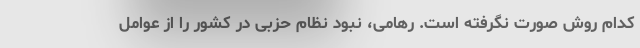
کدام روش صورت نگرفته است. رهامی، نبود نظام حزبی در کشور را از عوامل